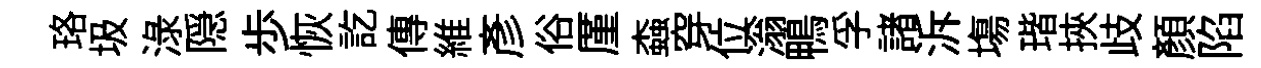
珞圾渌隠歩恢訖傳維彦俗厪螙穿位滃鴨孚諸泝塲瑎挾歧顏陷